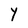
Character: Y